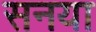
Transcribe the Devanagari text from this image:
सनया